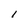
Character: I